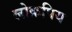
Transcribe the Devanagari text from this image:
लोक्रपिय